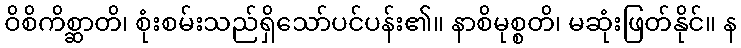
ဝိစိကိစ္ဆာတိ၊ စုံးစမ်းသည်ရှိသော်ပင်ပန်း၏။ နာစိမုစ္စတိ၊ မဆုံးဖြတ်နိုင်။ န